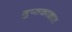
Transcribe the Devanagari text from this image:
गुप्‍तकाळात